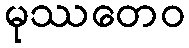
မုဿတေဝ